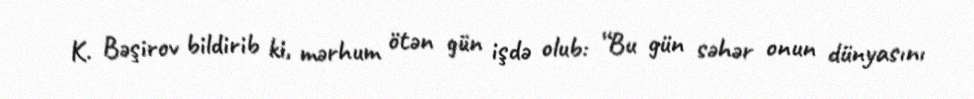
K. Bəşirov bildirib ki, mərhum ötən gün işdə olub: “Bu gün səhər onun dünyasını